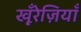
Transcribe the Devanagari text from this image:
खू़ँरेज़ियाँ